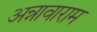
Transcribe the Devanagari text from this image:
अन्नावाराम